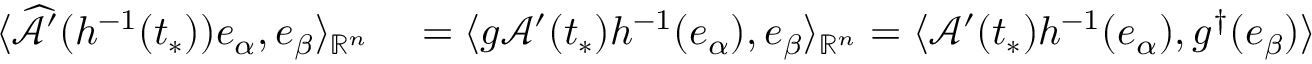
\begin{array} { r l } { \langle \widehat { \mathcal { A } } ^ { \prime } ( h ^ { - 1 } ( t _ { * } ) ) e _ { \alpha } , e _ { \beta } \rangle _ { \mathbb { R } ^ { n } } } & { { } = \langle g \mathcal { A } ^ { \prime } ( t _ { * } ) h ^ { - 1 } ( e _ { \alpha } ) , e _ { \beta } \rangle _ { \mathbb { R } ^ { n } } = \langle \mathcal { A } ^ { \prime } ( t _ { * } ) h ^ { - 1 } ( e _ { \alpha } ) , g ^ { \dag } ( e _ { \beta } ) \rangle } \end{array}